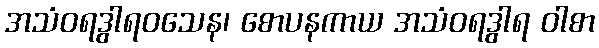
အသံဝရဒွါရဝသေန၊ စောပနကာယ အသံဝရဒွါရ ဝါစာ